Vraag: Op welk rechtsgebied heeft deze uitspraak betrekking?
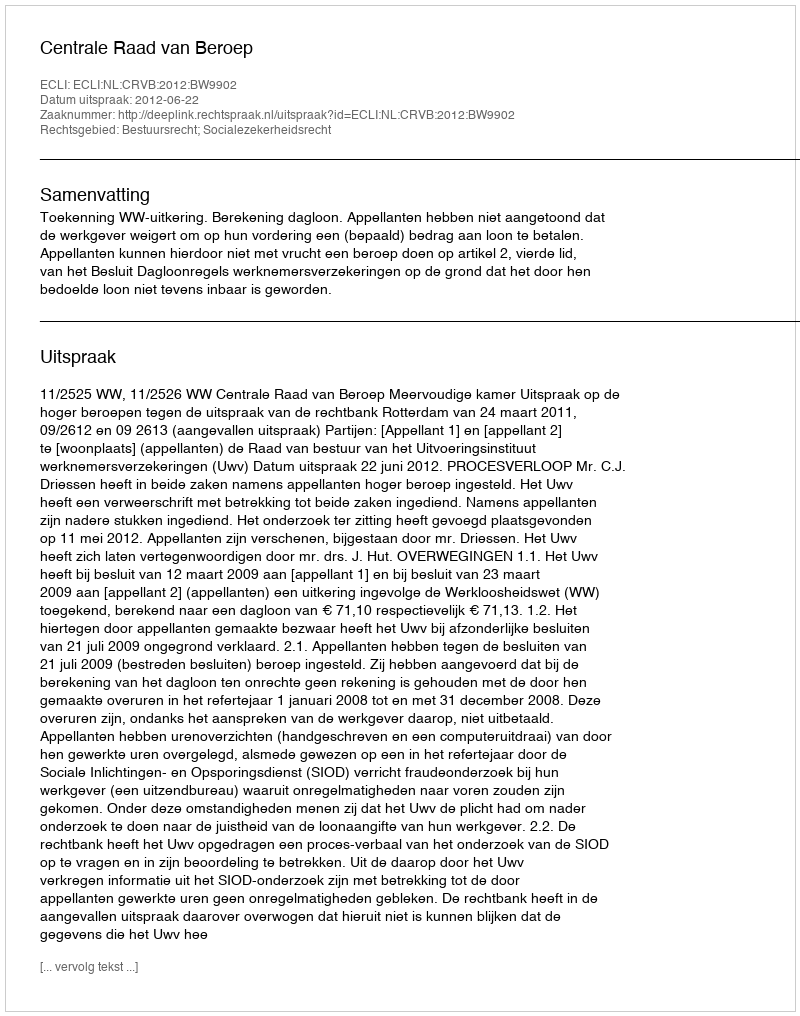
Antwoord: Bestuursrecht; Socialezekerheidsrecht